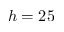
h = 2 5